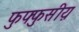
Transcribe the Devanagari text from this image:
फुफ्फुसीय़